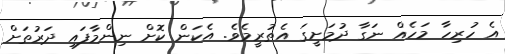
އެ ހުރިހާ މަހެއް ނަގާ ދުމަށީގަ އެތުރީމެވެ. އެކަން ކޮށް ނިންމާފައި ދަރުތަށް